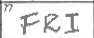
Transcription: FRI